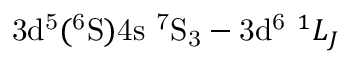
\mathrm { 3 d ^ { 5 } ( ^ { 6 } S ) 4 s \ ^ { 7 } S _ { 3 } } - \mathrm { 3 d ^ { 6 } } \ ^ { 1 } L _ { J }